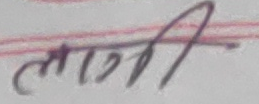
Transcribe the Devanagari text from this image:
लागी